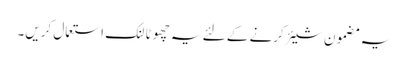
یہ مضمون شیئر کرنے کے لئے یہ چھوٹا لنک استعمال کریں۔